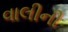
વાલીની